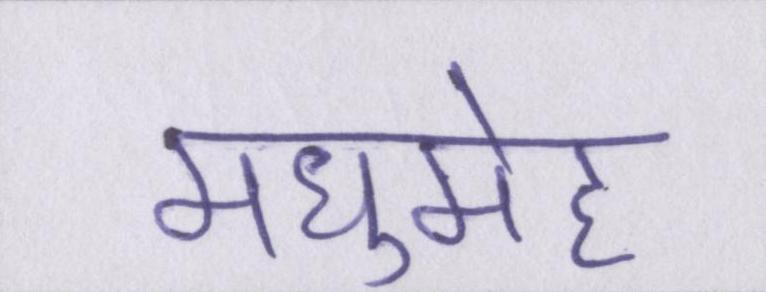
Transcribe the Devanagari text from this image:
मधुमेह